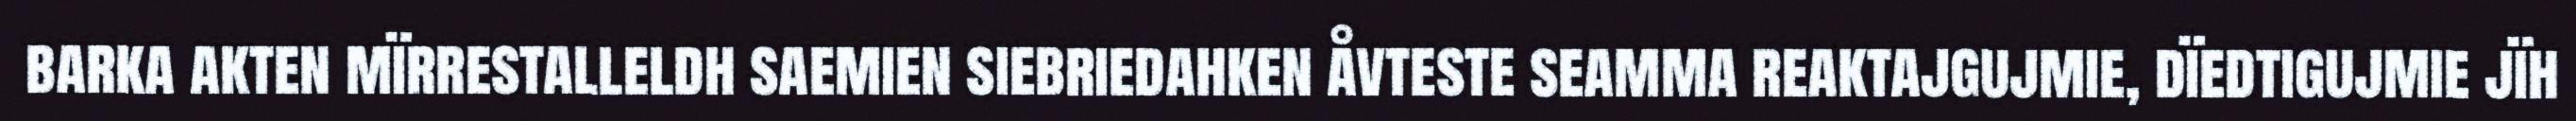
barka akten mïrrestalleldh saemien siebriedahken åvteste seamma reaktajgujmie, dïedtigujmie jïh